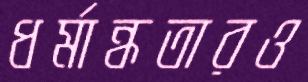
ধর্মান্ধতারও